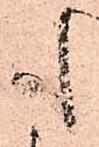
も